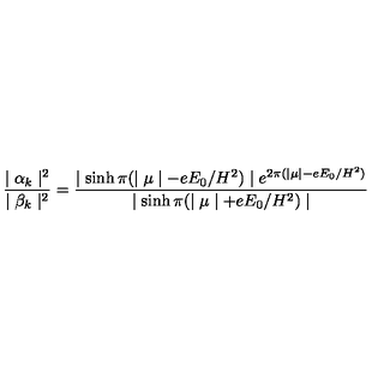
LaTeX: \frac { \mid \alpha _ { k } \mid ^ { 2 } } { \mid \beta _ { k } \mid ^ { 2 } } = \frac { \mid \sinh \pi ( \mid \mu \mid - e E _ { 0 } / H ^ { 2 } ) \mid e ^ { 2 \pi ( \mid \mu \mid - e E _ { 0 } / H ^ { 2 } ) } } { \mid \sinh \pi ( \mid \mu \mid + e E _ { 0 } / H ^ { 2 } ) \mid }